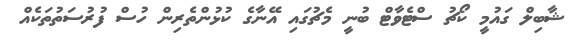
ޝާބިލް ގައުމީ ކޯޗު ސްޓެވާޓް ބުނީ މެޗުގައި އޭނާގެ ކުޅުންތެރިން ހުސް ފުރުސަތުތަކެއް